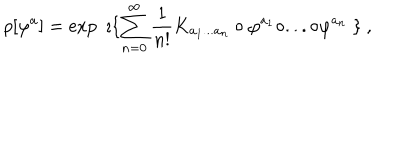
LaTeX: \rho [ \varphi ^ { a } ] = \exp \ \imath \{ \sum _ { n = 0 } ^ { \infty } \frac { 1 } { n ! } K _ { a _ { 1 } . . . a _ { n } } \circ \varphi ^ { a _ { 1 } } \circ . . . \circ \varphi ^ { a _ { n } } \ \} \ ,